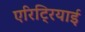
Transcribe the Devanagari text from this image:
एरिट्रियाई